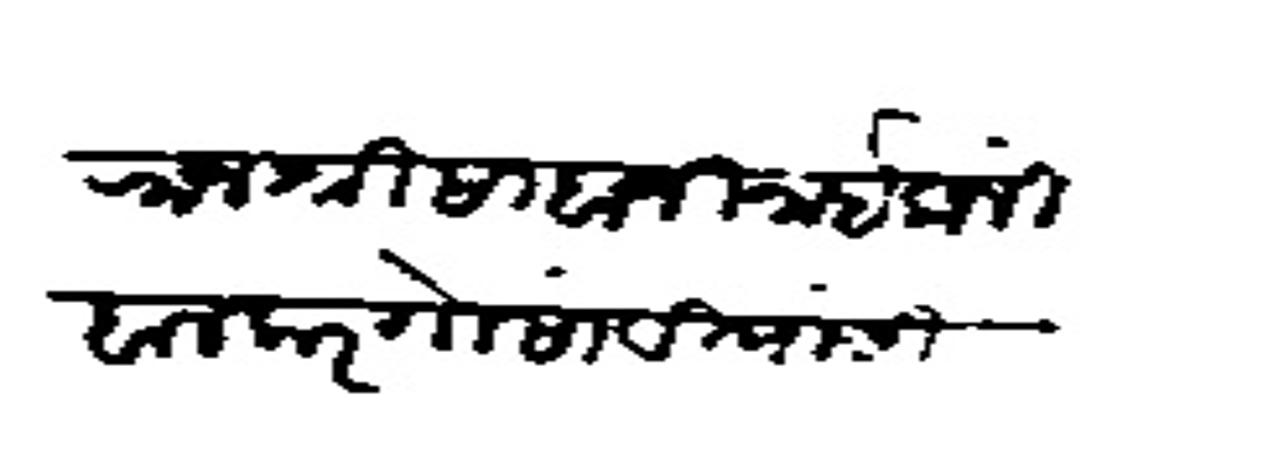
Transliteration (Devanagari): राजश्री साबाजी नाईक निंबालकर गोसांवी यांसी